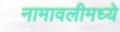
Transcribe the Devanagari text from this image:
नामावलीमध्ये